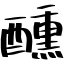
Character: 醺